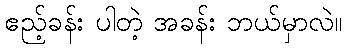
ဧည့်ခန်း ပါတဲ့ အခန်း ဘယ်မှာလဲ။